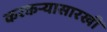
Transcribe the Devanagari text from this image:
करकऱ्यासारखी